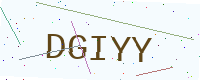
Text: DGIYY